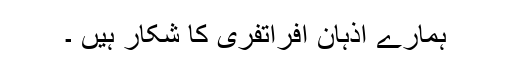
ہمارے اذہان افراتفری کا شکار ہیں ۔